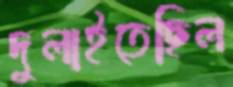
দুলাইতেছিল